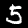
Label: 5